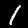
Label: 1